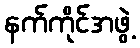
နက်ကိုင်အဖွဲ့